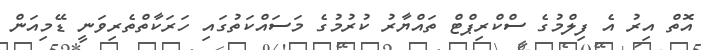
އޮތް އިރު އެ ފިލްމުގެ ސްކްރިޕްޓް ތައްޔާރު ކުރުމުގެ މަސައްކަތުގައި ހަރަކާތްތެރިވަނީ ޑޭމިއަން